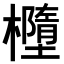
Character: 𣟁